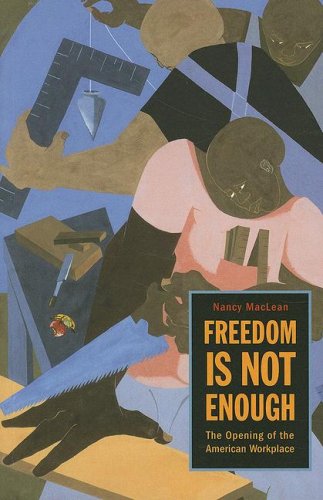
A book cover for Freedom Is Not Enough: The Opening of the American Workplace (Russell Sage Foundation Books); Nancy MacLean; Business & Money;